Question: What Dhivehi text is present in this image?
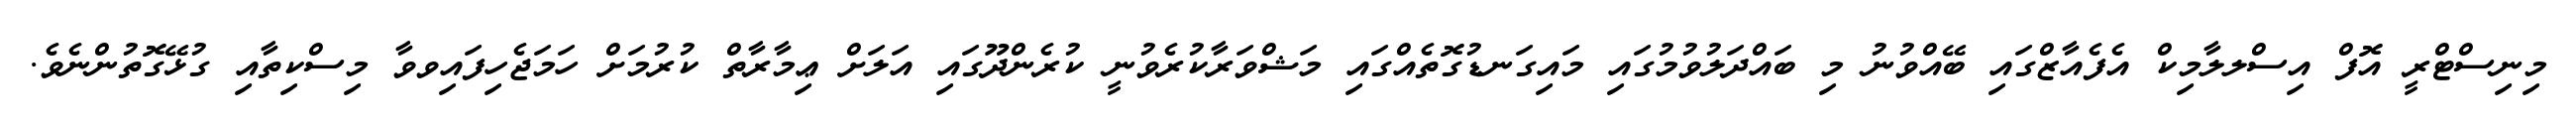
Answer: މިނިސްޓްރީ އޮފް އިސްލލާމިކް އެފެއާޒްގައި ބޭއްވުނު މި ބައްދަލުވުމުގައި މައިގަނޑުގޮތެއްގައި މަޝްވަރާކުރެވުނީ ކުރެންދޫގައި އަލަށް ޢިމާރާތް ކުރުމަށް ހަމަޖެހިފައިވވާ މިސްކިތާއި ގުޅޭގޮތުންނެވެ.